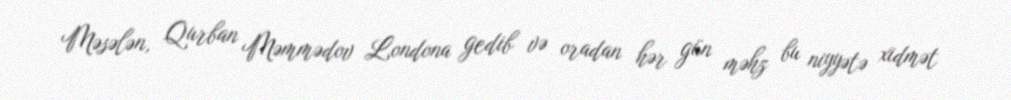
Məsələn, Qurban Məmmədov Londona gedib və oradan hər gün məhz bu niyyətə xidmət